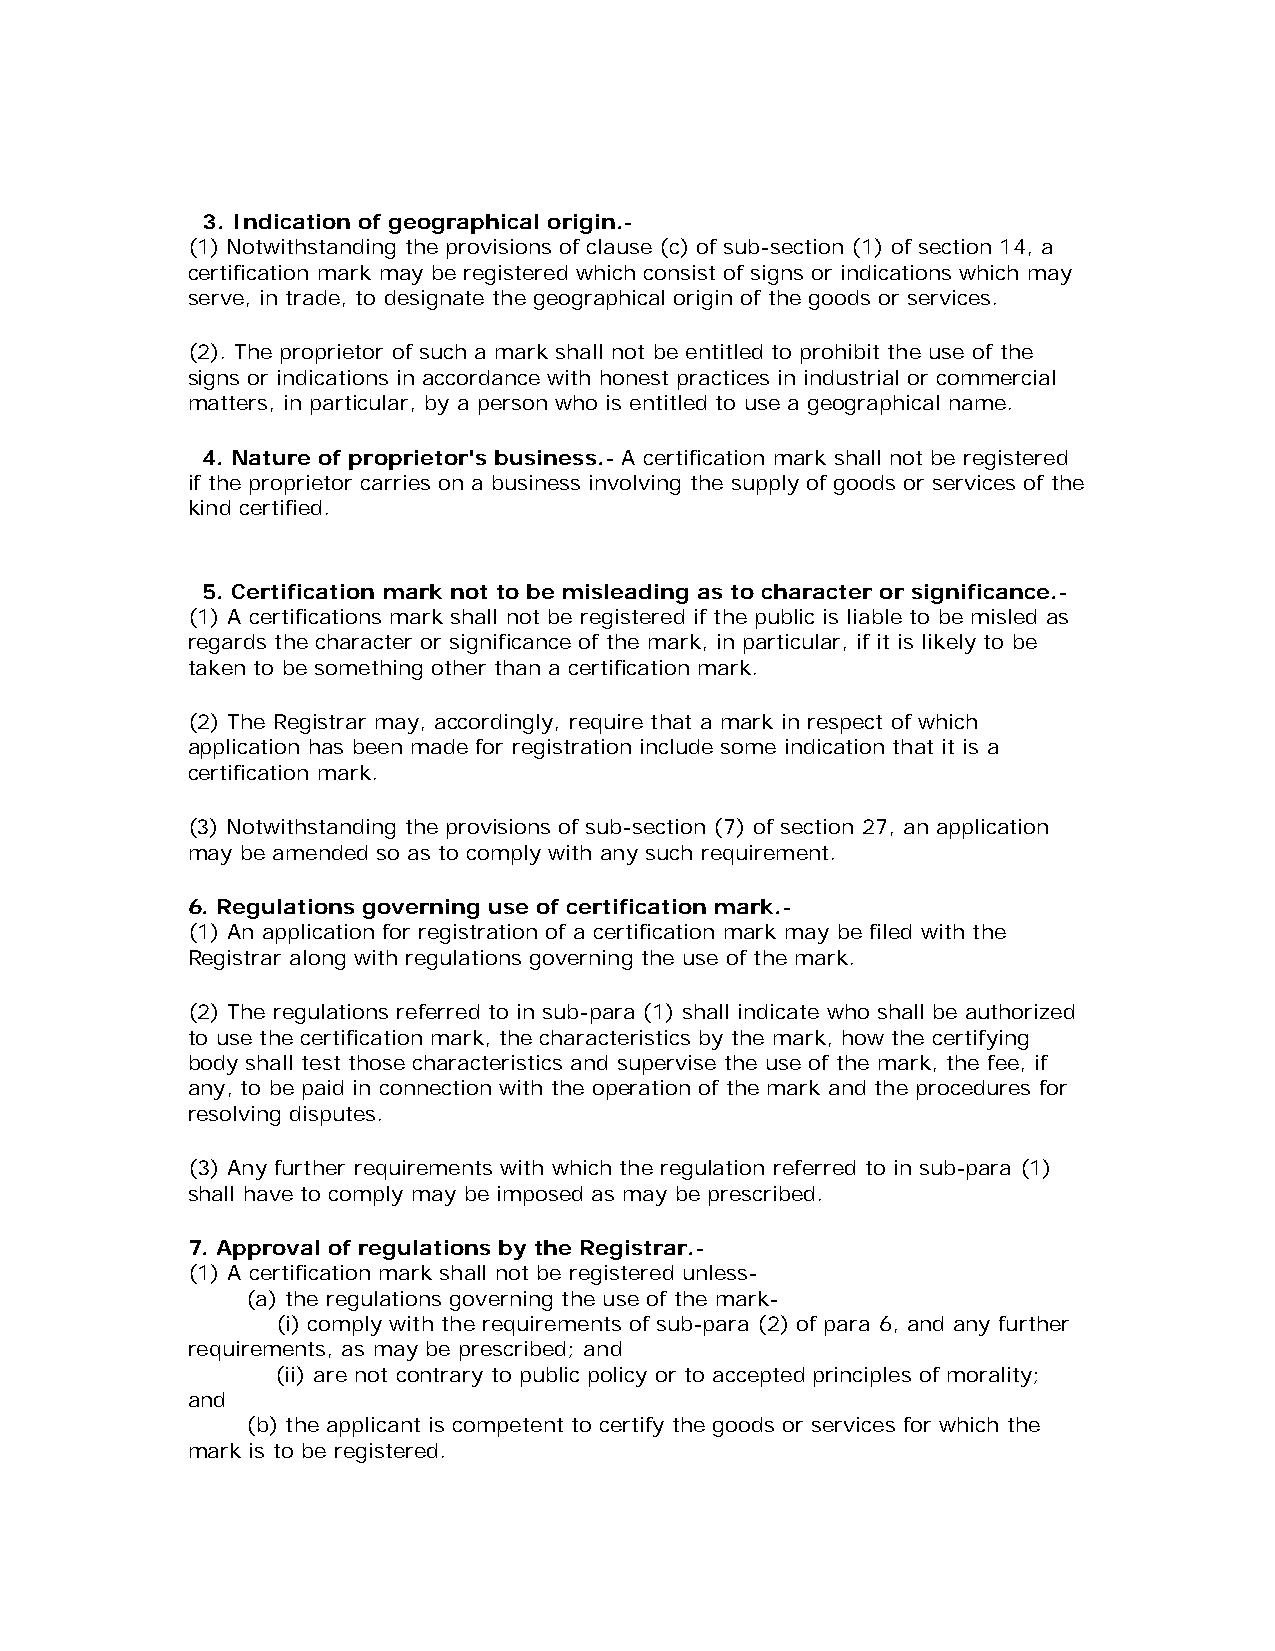
3. Indication of geographical origin.-
 (1) Notwithstanding the provisions of clause (c) of sub-section (1) of section 14, a
 certification mark may be registered which consist of signs or indications which may
 serve, in trade, to designate the geographical origin of the goods or services.
 (2). The proprietor of such a mark shall not be entitled to prohibit the use of the
 signs or indications in accordance with honest practices in industrial or commercial
 matters, in particular, by a person who is entitled to use a geographical name.
 4. Nature of proprietor's business.- A certification mark shall not be registered
 if the proprietor carries on a business involving the supply of goods or services of the
 kind certified.
 5. Certification mark not to be misleading as to character or significance.-
 (1) A certifications mark shall not be registered if the public is liable to be misled as
 regards the character or significance of the mark, in particular, if it is likely to be
 taken to be something other than a certification mark.
 (2) The Registrar may, accordingly, require that a mark in respect of which
 application has been made for registration include some indication that it is a
 certification mark.
 (3) Notwithstanding the provisions of sub-section (7) of section 27, an application
 may be amended so as to comply with any such requirement.
 6. Regulations governing use of certification mark.-
 (1) An application for registration of a certification mark may be filed with the
 Registrar along with regulations governing the use of the mark.
 (2) The regulations referred to in sub-para (1) shall indicate who shall be authorized
 to use the certification mark, the characteristics by the mark, how the certifying
 body shall test those characteristics and supervise the use of the mark, the fee, if
 any, to be paid in connection with the operation of the mark and the procedures for
 resolving disputes.
 (3) Any further requirements with which the regulation referred to in sub-para (1)
 shall have to comply may be imposed as may be prescribed.
 7. Approval of regulations by the Registrar.-
 (1) A certification mark shall not be registered unless-
 (a) the regulations governing the use of the mark-
 (i) comply with the requirements of sub-para (2) of para 6, and any further
 requirements, as may be prescribed; and
 (ii) are not contrary to public policy or to accepted principles of morality;
 and
 (b) the applicant is competent to certify the goods or services for which the
 mark is to be registered.